Leaving Certificate Examination (including Day School Certificate (Higher) General paper), 1932
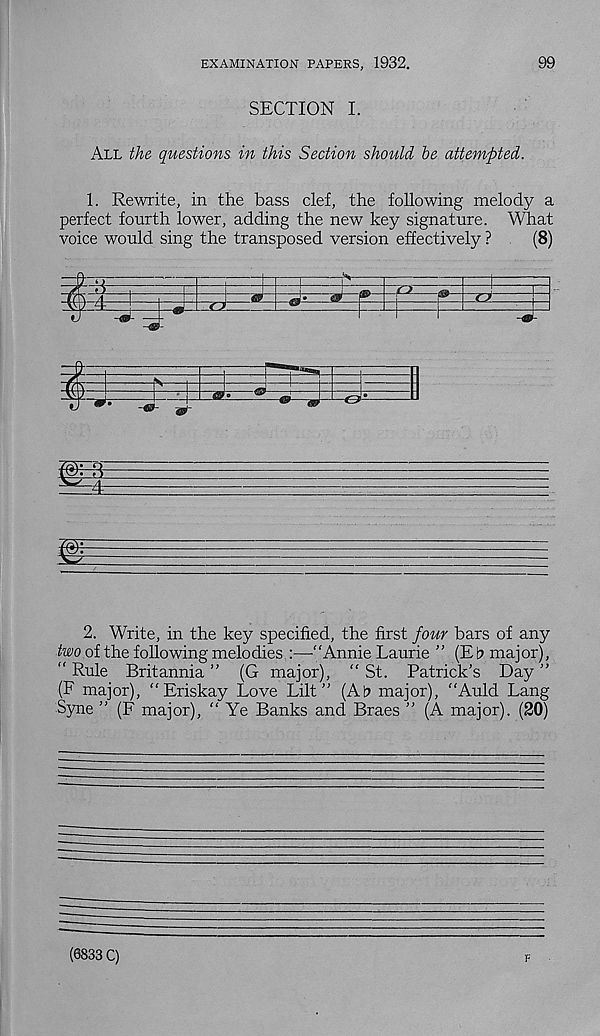
EXAMINATION PAPERS, 1932.
99
SECTION I.
All the questions in this Section should he attempted.
1. Rewrite, in the bass clef, the following melody a
perfect fourth lower, adding the new key signature. What
voice would sing the transposed version effectively ?
(8)
2. Write, in the key specified, the first four bars of any
two of the following melodies :—“Annie Laurie ’’ (E fc> major),
“ Rule Britannia ” (G major), “St. Patrick’s Day ”
(F major), “Eriskay Love Lilt” (At> major), “Auld Lang
Syne ’’ (F major), “ Ye Banks and Braes ’’ (A major). (20)
(6833 C)
F